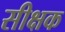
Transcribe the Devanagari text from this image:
सीक्षक